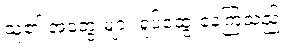
သူ၏ အတွေးများ ရှုပ်ထွေးနေကြသည်။